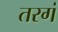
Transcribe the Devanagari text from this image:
तरगं